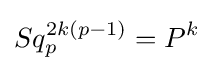
Sq_{p}^{2k(p-1)}=P^{k}